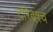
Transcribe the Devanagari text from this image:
दरिद्रश्च